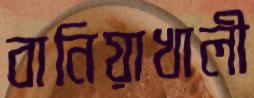
বানিয়াখালী